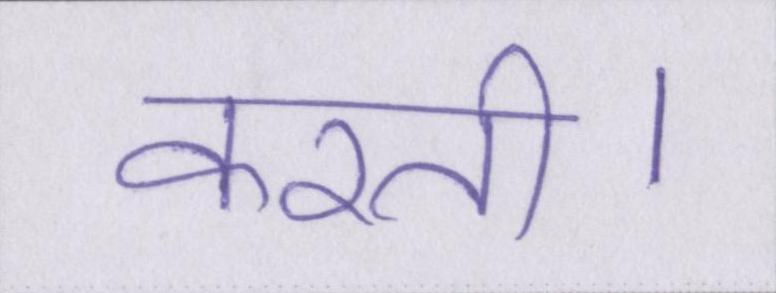
करती।